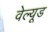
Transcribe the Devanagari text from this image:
वेल्यूड